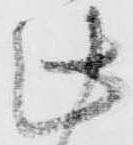
此